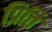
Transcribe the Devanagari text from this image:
प्रिति